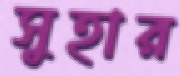
সুহার